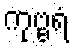
ကုဗ္ဗရံ